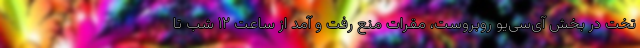
تخت در بخش آی‌سی‌یو روبروست، مقرات منع رفت و آمد از ساعت ۱۲ شب تا